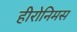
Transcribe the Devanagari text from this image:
हीरोनिमस